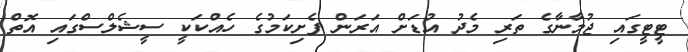
ޓީޓީގައި ޖުމާނާގެ ތަރި މެދު އުޑަށް އަރަން ފެށިކަމުގެ ހެއްކަކީ ސީޝެލްސްގައި އޮތް